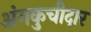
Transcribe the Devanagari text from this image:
अंगकुचीदार